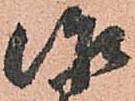
治